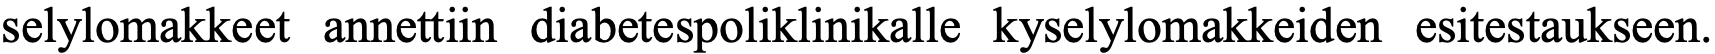
selylomakkeet annettiin diabetespoliklinikalle kyselylomakkeiden esitestaukseen.